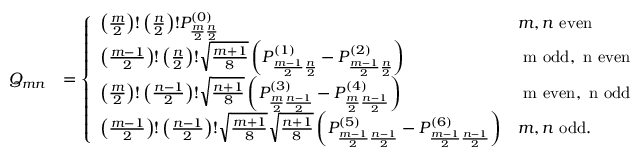
\begin{array} { r l } { Q _ { m n } } & { = \left\{ \begin{array} { l l } { \left( \frac { m } { 2 } \right) ! \left( \frac { n } { 2 } \right) ! P _ { \frac { m } { 2 } \frac { n } { 2 } } ^ { ( 0 ) } } & { m , n \mathrm { ~ e v e n } } \\ { \left( \frac { m - 1 } { 2 } \right) ! \left( \frac { n } { 2 } \right) ! \sqrt { \frac { m + 1 } { 8 } } \left( P _ { \frac { m - 1 } { 2 } \frac { n } { 2 } } ^ { ( 1 ) } - P _ { \frac { m - 1 } { 2 } \frac { n } { 2 } } ^ { ( 2 ) } \right) } & { \mathrm { ~ m ~ o d d , ~ n ~ e v e n } } \\ { \left( \frac { m } { 2 } \right) ! \left( \frac { n - 1 } { 2 } \right) ! \sqrt { \frac { n + 1 } { 8 } } \left( P _ { \frac { m } { 2 } \frac { n - 1 } { 2 } } ^ { ( 3 ) } - P _ { \frac { m } { 2 } \frac { n - 1 } { 2 } } ^ { ( 4 ) } \right) } & { \mathrm { ~ m ~ e v e n , ~ n ~ o d d } } \\ { \left( \frac { m - 1 } { 2 } \right) ! \left( \frac { n - 1 } { 2 } \right) ! \sqrt { \frac { m + 1 } { 8 } } \sqrt { \frac { n + 1 } { 8 } } \left( P _ { \frac { m - 1 } { 2 } \frac { n - 1 } { 2 } } ^ { ( 5 ) } - P _ { \frac { m - 1 } { 2 } \frac { n - 1 } { 2 } } ^ { ( 6 ) } \right) } & { m , n \mathrm { ~ o d d . } } \end{array} \right. } \end{array}